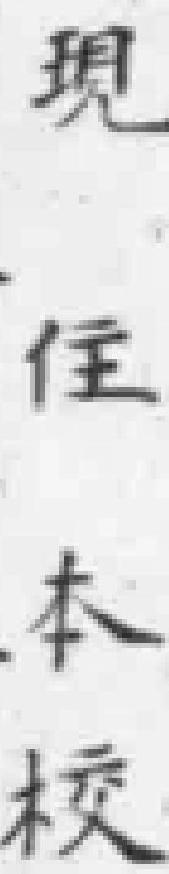
现住本校